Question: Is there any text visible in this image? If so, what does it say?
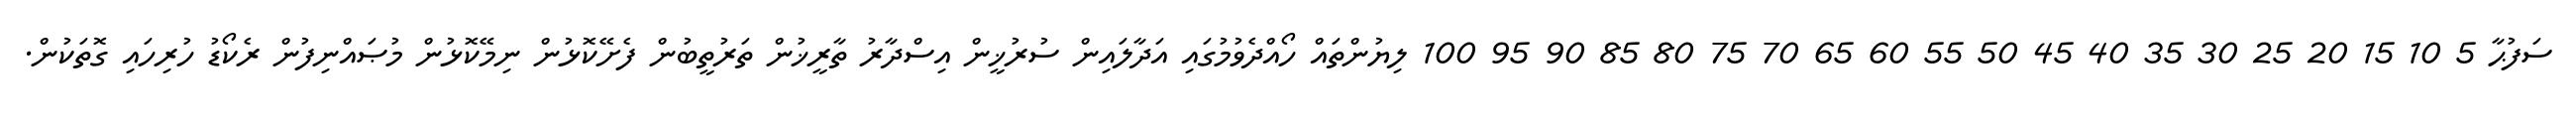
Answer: ސަފުޙާ 5 10 15 20 25 30 35 40 45 50 55 60 65 70 75 80 85 90 95 100 ލިޔުންތައް ހޯއްދެވުމުގައި އަދާލައިން ސުރުޚީން އިސްދާރު ތާރީޚުން ތަރުތީބުން ފެށޭކޮޅުން ނިމޭކޮޅުން މުޞައްނިފުން ރެކޯޑު ހުރިހައި ގޮތަކުން.